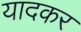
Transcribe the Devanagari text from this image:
यादकर